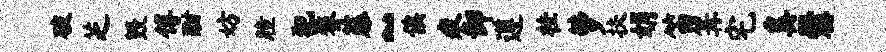
破芝毁傅酣妨瞳犯鏊藤~俟疲卸遵桂萝扶娟笛篝宅奚爨